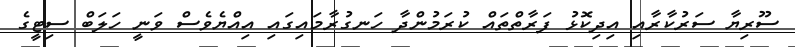
ސޫރިޔާ ސަރުކާރާއި އިދިކޮޅު ފަރާތްތައް ކުރަމުންދާ ހަނގުރާމައިގައި އިއްޔެވެސް ވަނީ ހަލަބް ސިޓީގެ